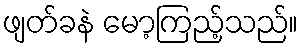
ဖျတ်ခနဲ မော့ကြည့်သည်။